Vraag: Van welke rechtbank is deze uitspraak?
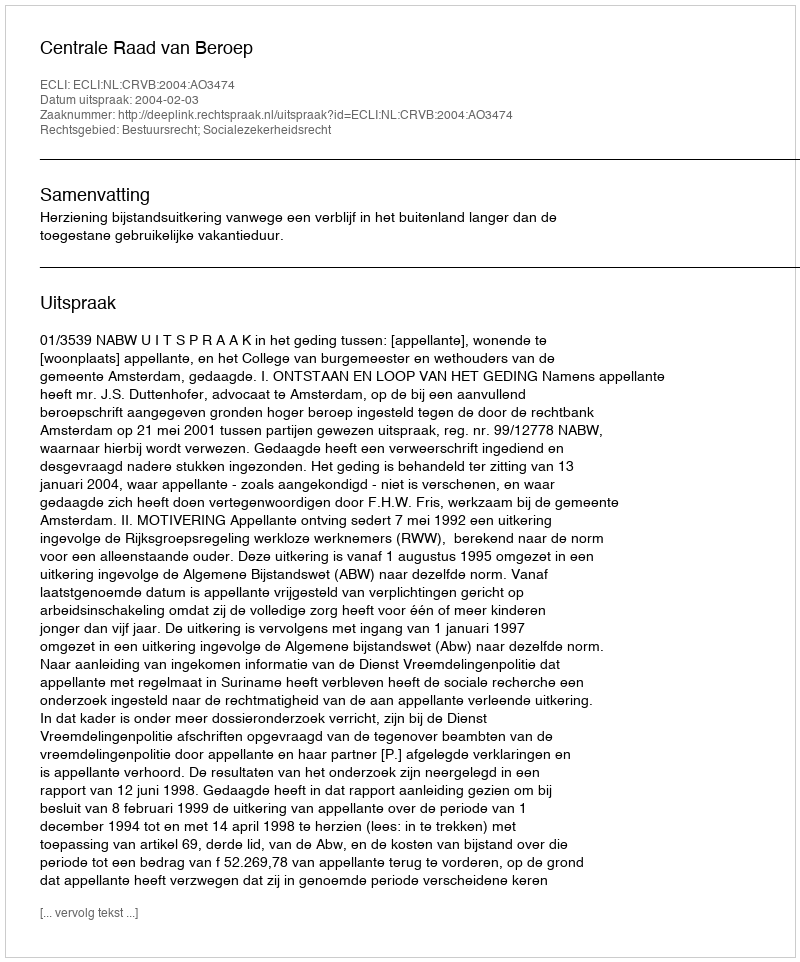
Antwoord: Centrale Raad van Beroep